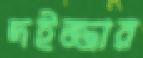
দইজ্জার